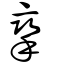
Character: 攣